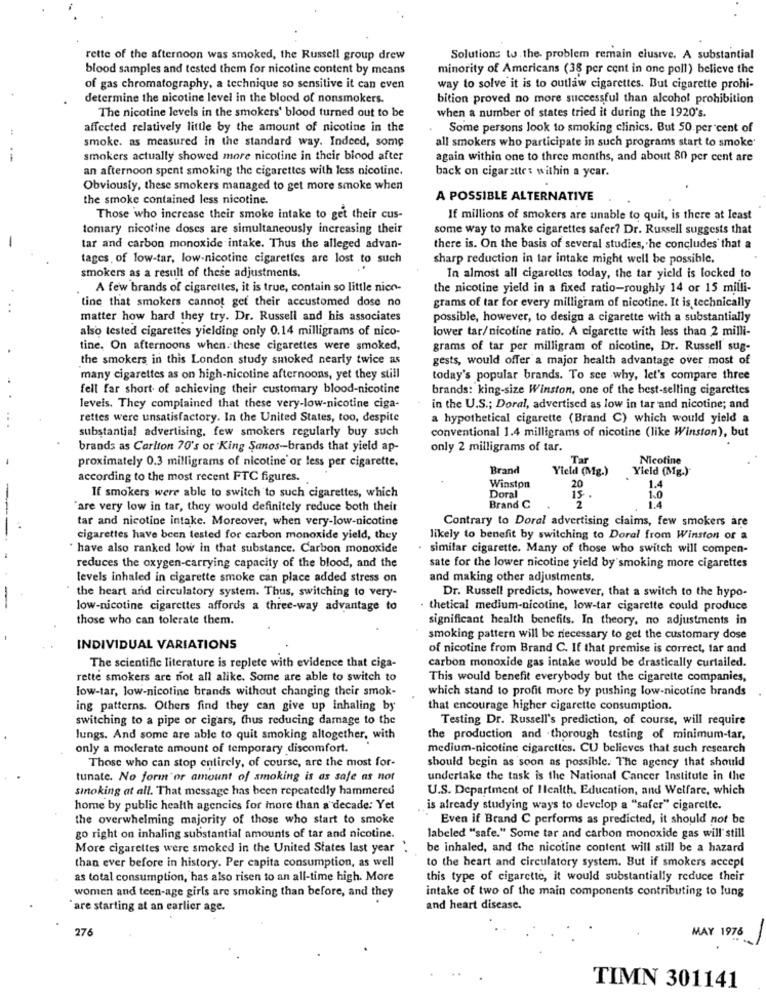
rette of the afternoon was smoked, the Russell group drew
Solutions to the problem remain clusive. A substantial
blood samples and tested them for nicotine content by means
minority of Americans (38 per cent in one poll) believe the
of gas chromatography, a technique so sensitive it can even
way to solve it is to outlaw cigarettes. But cigarette prohi-
determine the nicotine level in the blood of nonsmokers.
bition proved no more successful than alcohol prohibition
The nicotine levels in the smokers' blood turned out to be
when a number of states tried it during the 1920's.
affected relatively little by the amount of nicotine in the
Some persons look to smoking clinics. But 50.per cent of
smoke. as measured in the standard way. Indeed, some
all smokers who participate in such programs start to smoke
smokers actually showed more nicotine in their blood after
again within one to three months, and about 80 per cent are
an afternoon spent smoking the cigarettes with less nicotine.
back on cigarettes within a year.
Obviously, these smokers managed to get more smoke when
the smoke contained less nicotine.
A POSSIBLE ALTERNATIVE
Those who increase their smoke intake to get their cus-
If millions of smokers are unable to quit, is there at least
tomary nicotine doses are simultaneously increasing their
some way to make cigarettes safer? Dr. Russell suggests that
tar and carbon monoxide intake. Thus the alleged advan-
there is. On the basis of several studies, he concludes that a
tages, of low-tar, low-nicotine cigarettes are lost to such
sharp reduction in tar intake might well be possible.
smokers as a result of these adjustments.
In almost all cigarettes today, the tar yield is locked to
A few brands of cigarettes, it is true, contain so little nico-
the nicotine yield in a fixed ratio-roughly 14 or 15 milli-
tine that smokers cannot get their accustomed dose no
grams of tar for every milligram of nicotine. It is technically
matter how hard they try. Dr. Russell and his associates
possible, however, to design a cigarette with a substantially
also tested cigarettes yielding only 0.14 milligrams of nico-
lower tar/nicotine ratio. A cigarette with less than 2 milli-
tine. On afternoons when. these cigarettes were smoked,
grams of tar per milligram of nicotine, Dr. Russell sug-
the smokers in this London study smoked nearly twice as
gests, would offer a major health advantage over most of
many cigarettes as on high-nicotine afternoons, yet they still
today's popular brands. To see why, let's compare three
fell far short of achieving their customary blood-nicotine
brands: king-size Winston, one of the best-selling cigarettes
levels. They complained that these very-low-nicotine ciga-
in the U.S .; Doral, advertised as low in tar and nicotine; and
rettes were unsatisfactory. In the United States, too, despite
a hypothetical cigarette (Brand C) which would yield a
substantial advertising, few smokers regularly buy such
conventional 1.4 milligrams of nicotine (like Winston), but
brands as Carlton 70's or King Sanos-brands that yield ap-
only 2 milligrams of tar.
proximately 0.3 milligrams of nicotine or less per cigarette.
Tar
Nicotine
Brand
Yield (Mg.)
Yield (Mg.)
according to the most recent FTC figures.
Winston
20
1.4
If smokers were able to switch to such cigarettes, which
Doral
15
1.0
'are very low in tar, they would definitely reduce both their
Brand C
'2
tar and nicotine intake. Moreover, when very-low-nicotine
Contrary to Doral advertising claims, few smokers are
cigarettes have been tested for carbon monoxide yield, they
likely to benefit by switching to Doral from Winston or a
" have also ranked low in that substance. Carbon monoxide
. similar cigarette. Many of those who switch will compen-
reduces the oxygen-carrying capacity of the blood, and the
sate for the lower nicotine yield by smoking more cigarettes
levels inhaled in cigarette smoke can place added stress on
and making other adjustments.
the heart and circulatory system. Thus, switching to very-
Dr. Russell predicts, however, that a switch to the hypo-
low-nicotine cigarettes affords a three-way advantage to
- thetical medium-nicotine, low-tar cigarette could produce
those who can tolerate them.
significant health benefits. In theory, no adjustments in
smoking pattern will be necessary to get the customary dose
INDIVIDUAL VARIATIONS
of nicotine from Brand C. If that premise is correct, tar and
carbon monoxide gas intake would be drastically curtailed.
The scientific literature is replete with evidence that ciga-
rette smokers are not all alike. Some are able to switch to
This would benefit everybody but the cigarette companies,
low-tar, low-nicotine brands without changing their smok-
which stand to profit more by pushing low-nicotine brands
ing patterns. Others find they can give up inhaling by
that encourage higher cigarette consumption.
switching to a pipe or cigars, thus reducing damage to the
Testing Dr. Russell's prediction, of course, will require
lungs. And some are able to quit smoking altogether, with
the production and .thorough testing of minimum-tar,
only a moderate amount of temporary discomfort.
medium-nicotine cigarettes. CU believes that such research
Those who can stop entirely, of course, are the most for-
should begin as soon as possible. The agency that should
tunate. No form or amount of smoking is as safe as not
undertake the task is the National Cancer Institute in the
sinoking at all. That message has been repeatedly hammered
U.S. Department of Health, Education, and Welfare, which
home by public health agencies for more than a decade: Yet
is already studying ways to develop a "safer" cigarette.
the overwhelming majority of those who start to smoke
Even if Brand C performs as predicted, it should not be
go right on inhaling substantial amounts of tar and nicotine.
labeled "safe." Some tar and carbon monoxide gas will' still
More cigarettes were smoked in the United States last year .
be inhaled, and the nicotine content will still be a hazard
to the heart and circulatory system. But if smokers accept
than ever before in history. Per capita consumption, as well
as total consumption, has also risen to an all-time high. More
this type of cigarette, it would substantially reduce their
women and teen-age girls are smoking than before, and they
intake of two of the main components contributing to lung
"are starting at an earlier age.
and heart disease.
276
MAY 1976
TIMN 301141